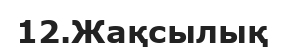
12.Жақсылық